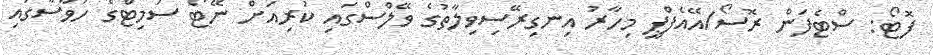
ފޮޓޯ: ސްޓެފަން ރޮސޯ/އޭއެފްޕީ މިހާރު އިނގިރޭސިވިލާތުގެ ވޭލްސްގައި ކުރިއަށް ނޭޓޯ ސަމިޓްގެ ހަވާސާގައި